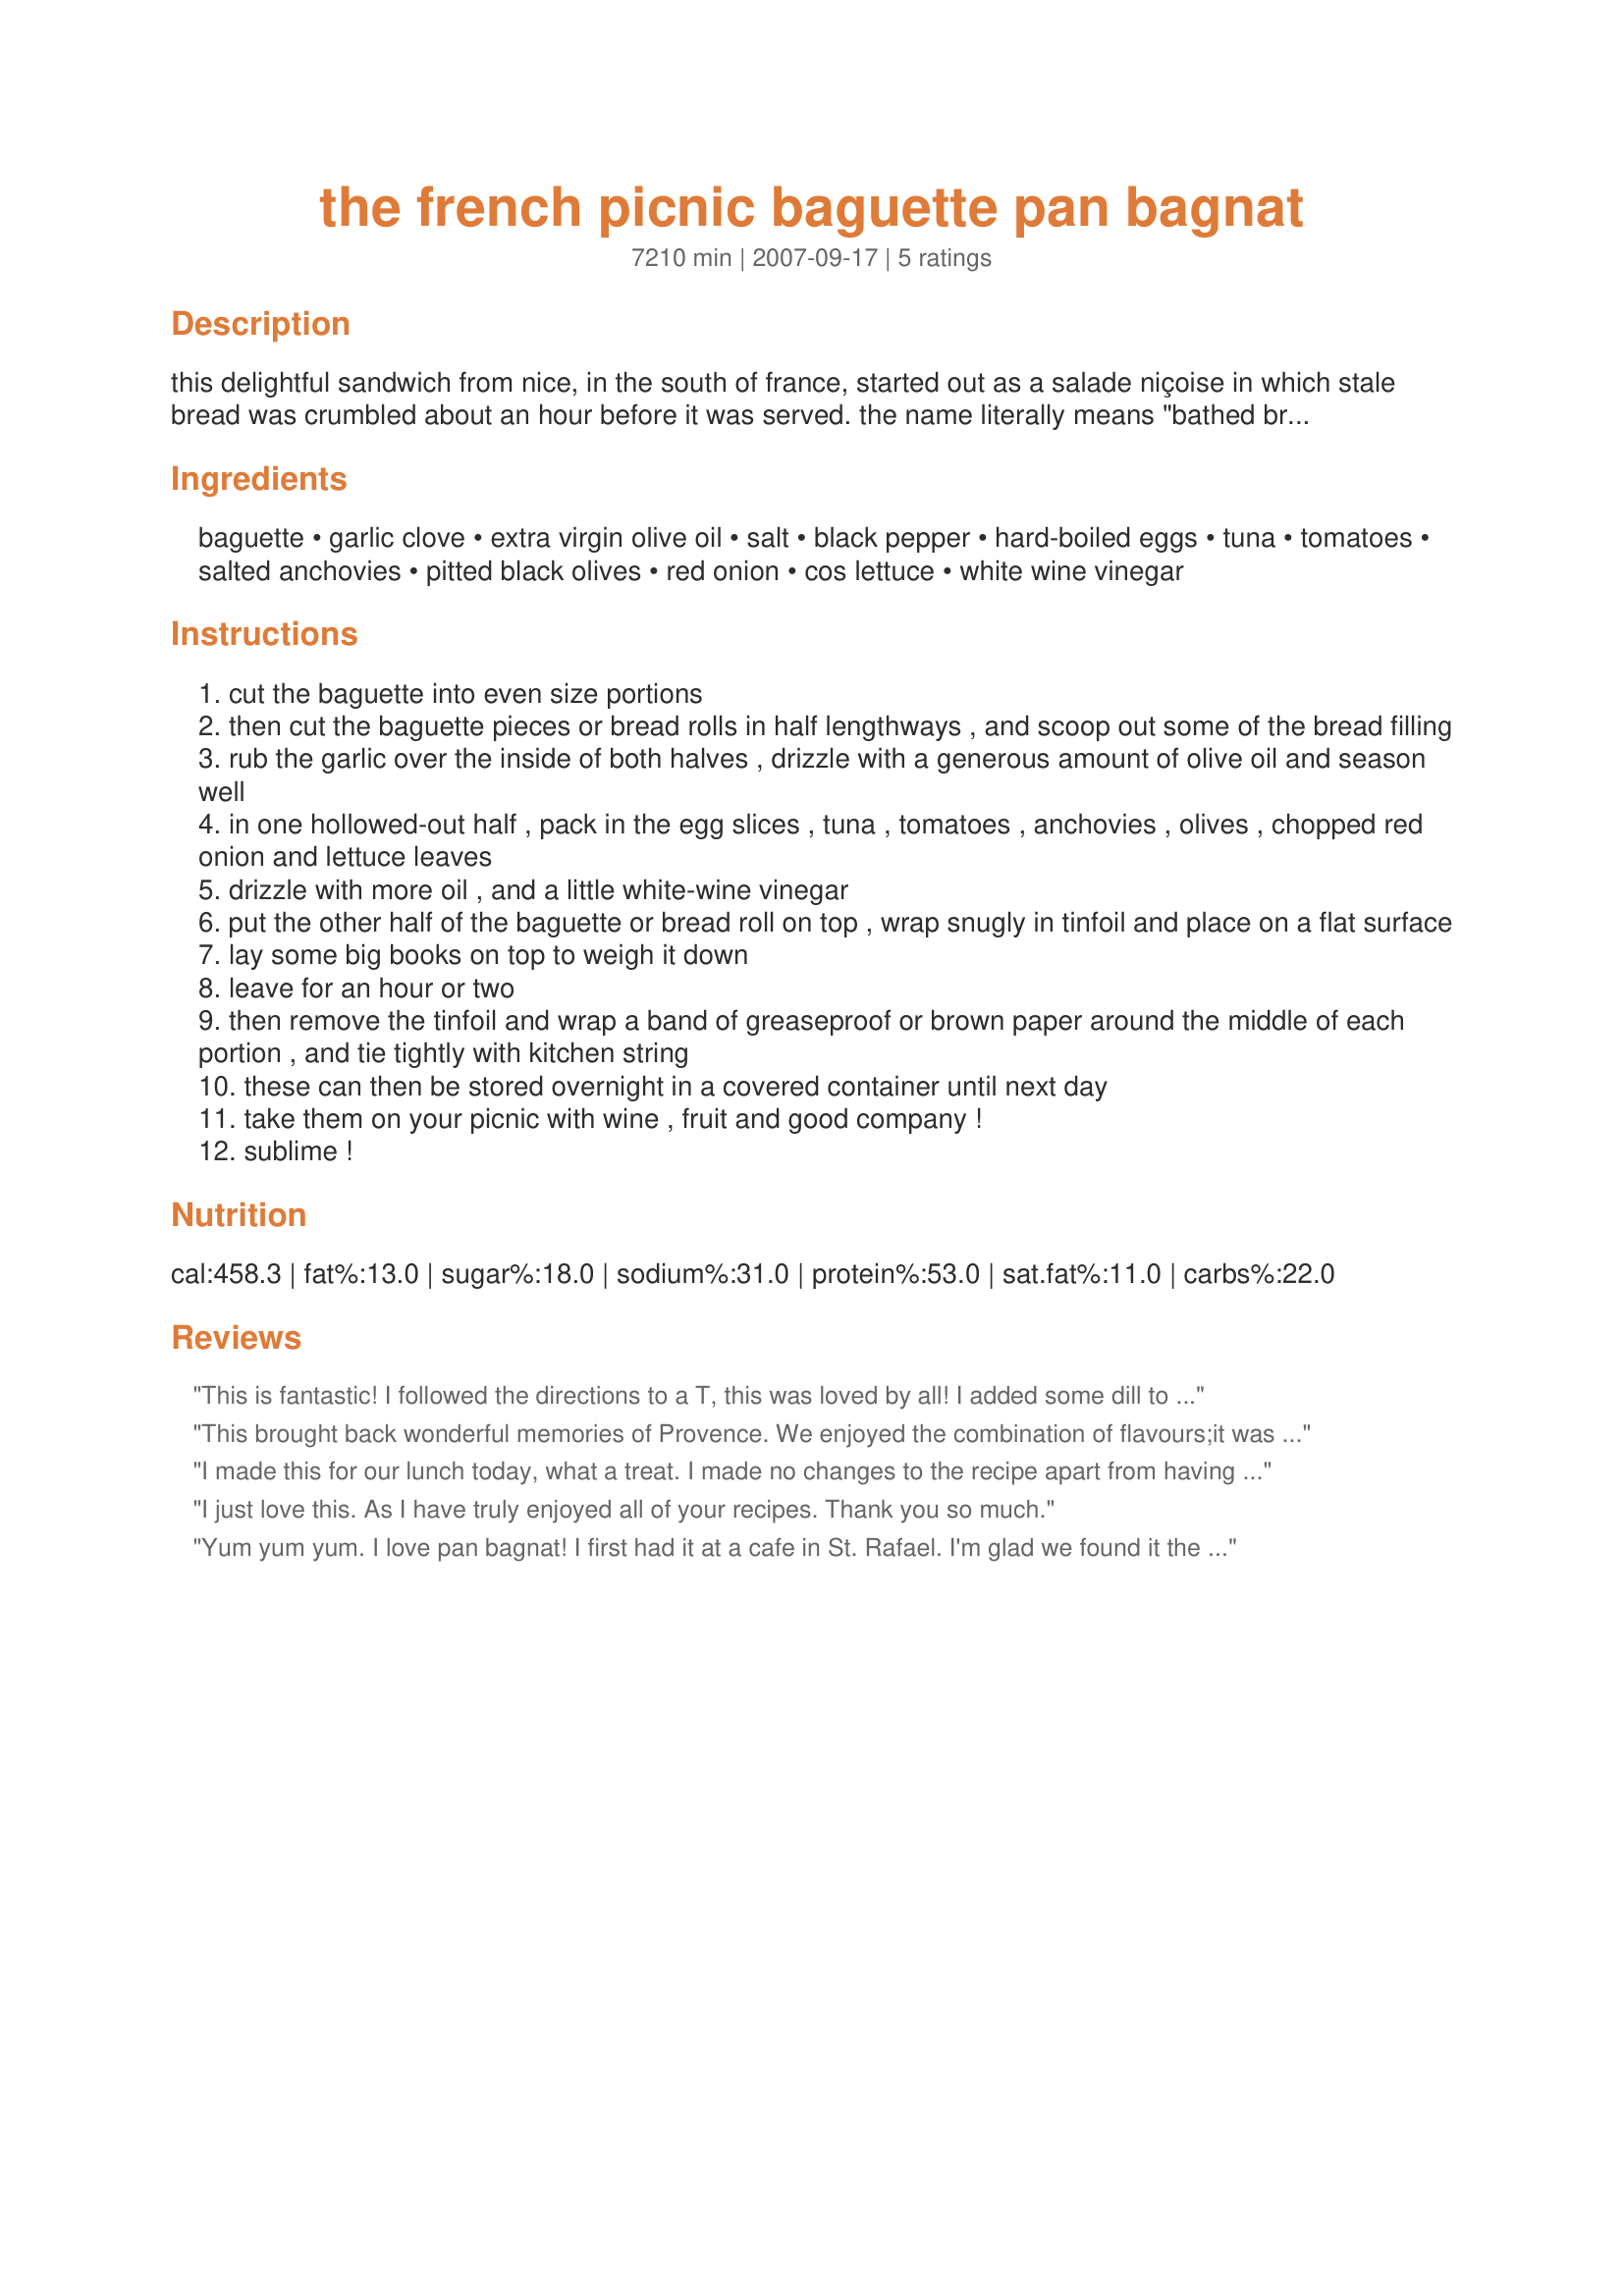
the french picnic baguette pan bagnat
Preparation time: 7210 minutes

this delightful sandwich from nice, in the south of france, started out as a salade niçoise in which stale bread was crumbled about an hour before it was served. the name literally means "bathed bread" - alluding to the spreading of olive oil on the bread and the softening of the inside of the bread after the filling has been added. it can be made with varying ingredients and various amounts but the basics are listed below, feel free to adapt it to your own preferences. i make these the night before we plan to go on a picnic; i then wrap a piece of greaseproof/brown paper around each roll or baguette sandwich, and tie them with kitchen string - it keeps them all together and looks very "french rustic"! (it also helps to hold the sandwich together whilst eating them!) a french classic which is essential on the picnic menu.

Ingredients:
baguette, garlic clove, extra virgin olive oil, salt, black pepper, hard-boiled eggs, tuna, tomatoes, salted anchovies, pitted black olives, red onion, cos lettuce, white wine vinegar

Steps:
cut the baguette into even size portions
then cut the baguette pieces or bread rolls in half lengthways , and scoop out some of the bread filling
rub the garlic over the inside of both halves , drizzle with a generous amount of olive oil and season well
in one hollowed-out half , pack in the egg slices , tuna , tomatoes , anchovies , olives , chopped red onion and lettuce leaves
drizzle with more oil , and a little white-wine vinegar
put the other half of the baguette or bread roll on top , wrap snugly in tinfoil and place on a flat surface
lay some big books on top to weigh it down
leave for an hour or two
then remove the tinfoil and wrap a band of greaseproof or brown paper around the middle of each portion , and tie tightly with kitchen string
these can then be stored overnight in a covered container until next day
take them on your picnic with wine , fruit and good company !
sublime !

Reviews:
This is fantastic! I followed the directions to a T, this was loved by all! I added some dill to some sandwiches and thought it was pretty good. Great recipe and a definite keeper!
This brought back wonderful memories of Provence. We enjoyed the combination of flavours;it was great and we did include the anchovies but chopped them up.
I used submarine buns because that's what I had. Next time I will make my own rolls.I made this for PT.Thanks for posting this one.
Rita
I made this for our lunch today, what a treat. I made no changes to the recipe apart from having to use very crappy bread rolls (but lucky to get them where we are). So I'm rating this on the delicious filling not them! Actually, I had to make one other substitution-we are travelling away from home and my Larousse Gastronomique is not with us-I was forced to use The Birds of Australia, but I don't think this altered the outcome ;-)
I just love this. As I have truly enjoyed all of your recipes. Thank you so much.
Yum yum yum. I love pan bagnat! I first had it at a cafe in St. Rafael. I'm glad we found it the first day we were there because I think we went back at least 3 more times! I left off the anchovies (because I didn't have any) and the olives (because I hate them) and used red wine vinegar. This is a truly delicious sandwich. Thanks for posting French Tart!
